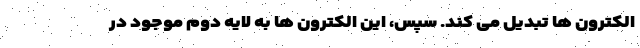
الکترون ها تبدیل می کند. سپس، این الکترون ها به لایه دوم موجود در